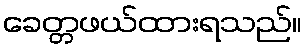
ခေတ္တဖယ်ထားရသည်။